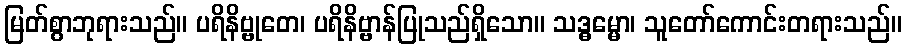
မြတ်စွာဘုရားသည်။ ပရိနိဗ္ဗုတေ၊ ပရိနိဗ္ဗာန်ပြုသည်ရှိသော။ သဒ္ဓမ္မော၊ သူတော်ကောင်းတရားသည်။